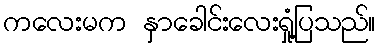
ကလေးမက နှာခေါင်းလေးရှုံ့ပြသည်။